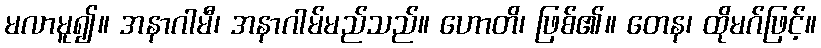
မလာမူ၍။ အနာဂါမီ၊ အနာဂါမ်မည်သည်။ ဟောတိ၊ ဖြစ်၏။ တေန၊ ထိုမဂ်ဖြင့်။